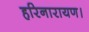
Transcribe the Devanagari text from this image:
हरिनारायण।